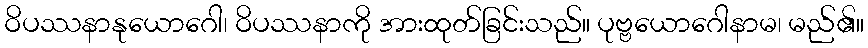
ဝိပဿနာနုယောဂေါ၊ ဝိပဿနာကို အားထုတ်ခြင်းသည်။ ပုဗ္ဗယောဂေါနာမ၊ မည်၏။